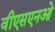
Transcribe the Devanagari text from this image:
वीएसएनओ